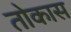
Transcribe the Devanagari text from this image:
तोकास